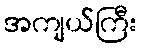
အကျယ်ကြီး